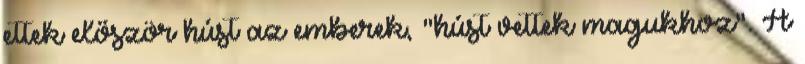
ettek először húst az emberek, "húst vettek magukhoz". A